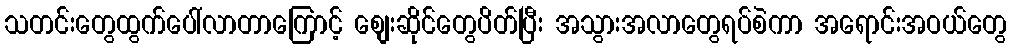
သတင်းတွေထွက်ပေါ်လာတာကြောင့် စျေးဆိုင်တွေပိတ်ပြီး အသွားအလာတွေရပ်စဲကာ အရောင်းအဝယ်တွေ